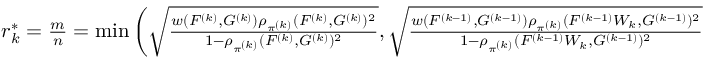
\begin{array} { r } { r _ { k } ^ { \ast } = \frac { m } { n } = \operatorname* { m i n } \left( \sqrt { \frac { w ( F ^ { ( k ) } , G ^ { ( k ) } ) \rho _ { \pi ^ { ( k ) } } ( F ^ { ( k ) } , G ^ { ( k ) } ) ^ { 2 } } { 1 - \rho _ { \pi ^ { ( k ) } } ( F ^ { ( k ) } , G ^ { ( k ) } ) ^ { 2 } } } , \sqrt { \frac { w ( F ^ { ( k - 1 ) } , G ^ { ( k - 1 ) } ) \rho _ { \pi ^ { ( k ) } } ( F ^ { ( k - 1 ) } W _ { k } , G ^ { ( k - 1 ) } ) ^ { 2 } } { 1 - \rho _ { \pi ^ { ( k ) } } ( F ^ { ( k - 1 ) } W _ { k } , G ^ { ( k - 1 ) } ) ^ { 2 } } } \right) } \end{array}